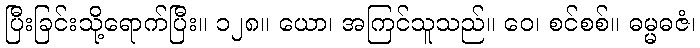
ပြီးခြင်းသို့ရောက်ပြီး။ ၁၂၈။ ယော၊ အကြင်သူသည်။ ဝေ၊ စင်စစ်။ ဓမ္မဓဇံ၊